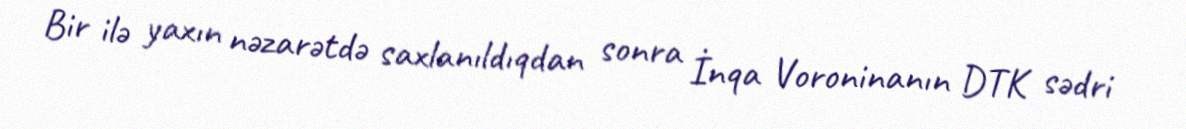
Bir ilə yaxın nəzarətdə saxlanıldıqdan sonra İnqa Voroninanın DTK sədri